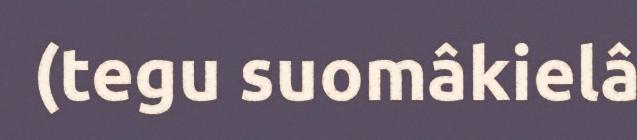
(tegu suomâkielâ